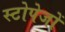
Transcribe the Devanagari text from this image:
स्टोपेजों